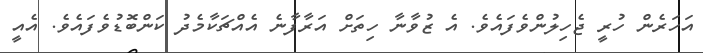
އަހަރެން ހުރީ ޖެހިލުންވެފައެވެ. އެ ޒުވާނާ ހިތަށް އަރާފާނެ އެއްޗަކާމެދު ކަންބޮޑުވެފައެވެ. އެއީ